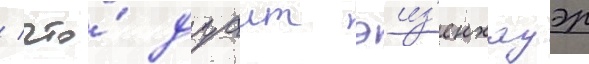
/ что́ дуаит эиз'енхауэр